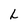
Character: L